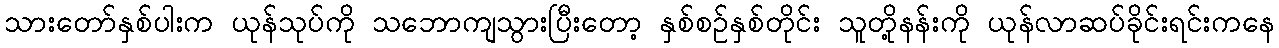
သားတော်နှစ်ပါးက ယုန်သုပ်ကို သဘောကျသွားပြီးတော့ နှစ်စဉ်နှစ်တိုင်း သူတို့နန်းကို ယုန်လာဆပ်ခိုင်းရင်းကနေ